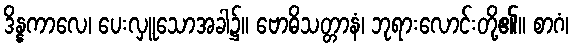
ဒိန္နကာလေ၊ ပေးလှူသောအခါ၌။ ဗောဓိသတ္တာနံ၊ ဘုရားလောင်းတို့၏။ စာဂံ၊